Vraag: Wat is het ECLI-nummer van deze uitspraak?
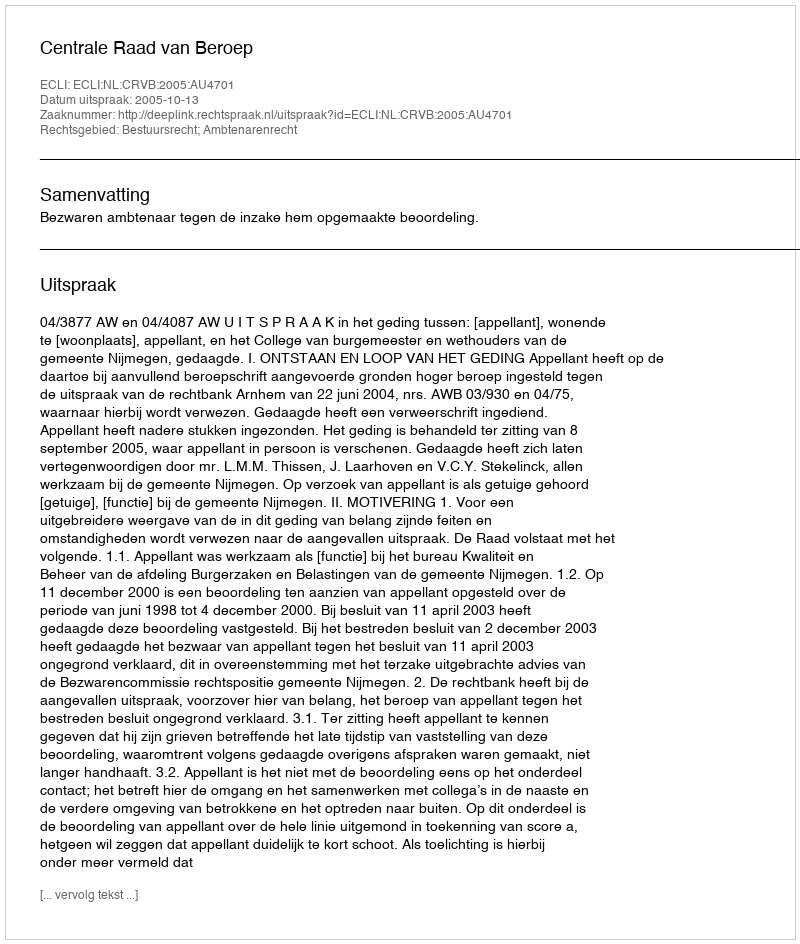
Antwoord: ECLI:NL:CRVB:2005:AU4701